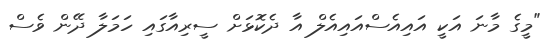
"މީގެ މާނަ އަކީ އައިއެސްއައިއެލް އާ ދެކޮޅަށް ސީރިއާގައި ހަމަލާ ދޭން ވެސް